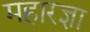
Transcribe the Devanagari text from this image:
महारज्ञा